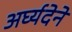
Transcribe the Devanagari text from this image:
अर्घ्यदेने